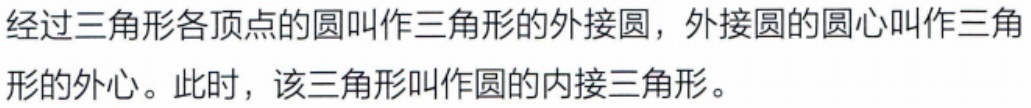
经过三角形各顶点的圆叫作三角形的外接圆，外接圆的圆心叫作三角形的外心。此时，该三角形叫作圆的内接三角形。